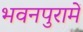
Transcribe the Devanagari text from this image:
भवनपुरामें